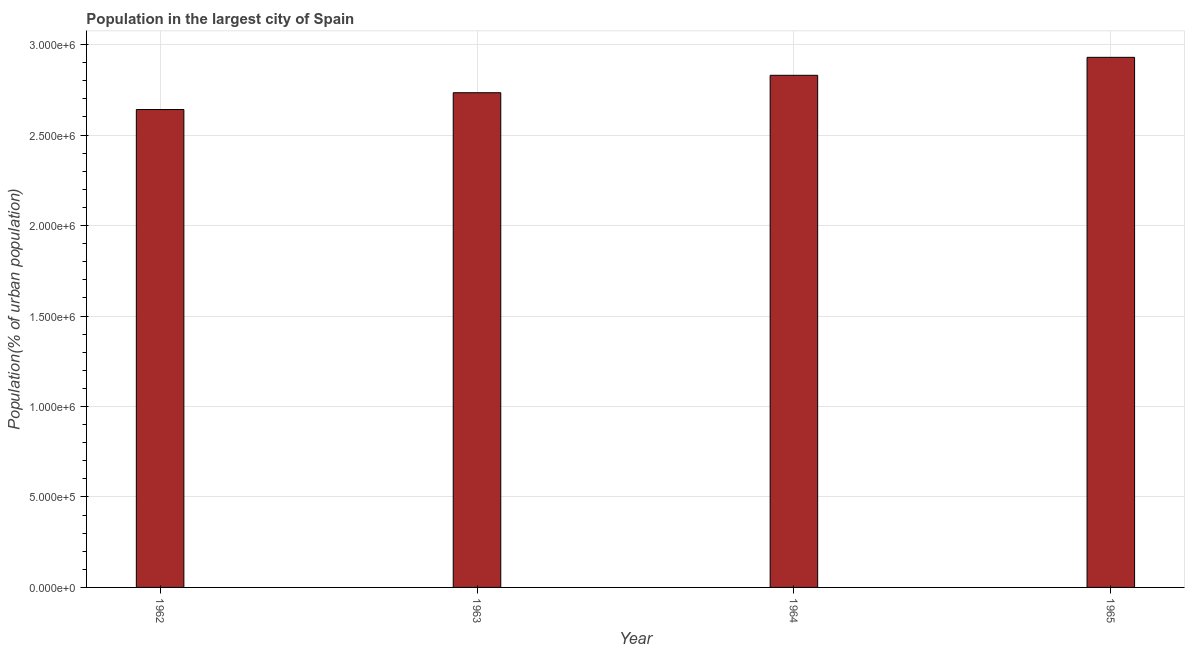
| Year | Population in largest city |
 | --- | --- |
 | 1962 | 2.64e+06 |
 | 1963 | 2.73e+06 |
 | 1964 | 2.83e+06 |
 | 1965 | 2.93e+06 |